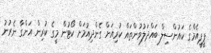
ޕީޕީއެމްގެ ކައުންސިލް ބައްދަލުވުންތައް ކުރިއަށް ގެންދިއުމަށް ކޯޓުން މީގެ ކުރިން އަންގާ ނެރުނު